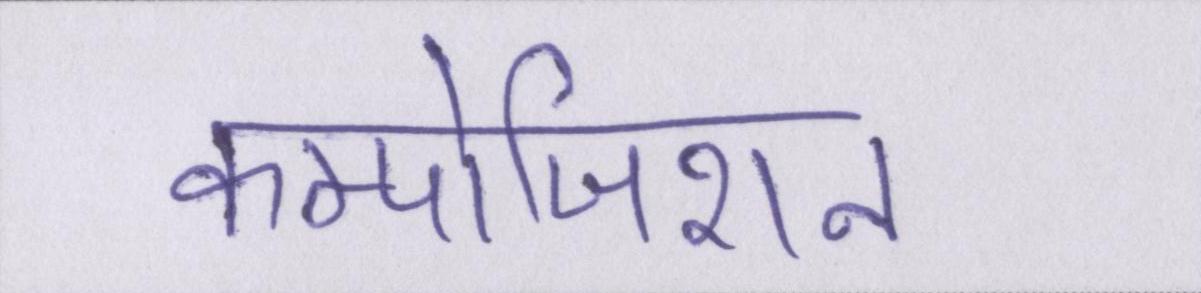
कम्पोजिशन